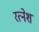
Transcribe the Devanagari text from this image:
रत्‍नेश